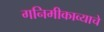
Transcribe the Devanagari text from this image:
गनिमीकाव्याचे